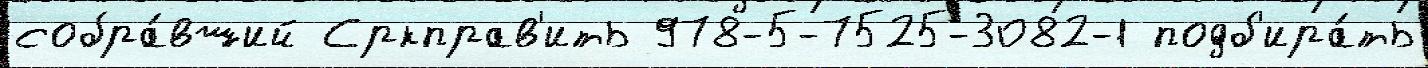
собра́вший Сркправ'ить 978-5-7525-3082-1 подб'ира́ть